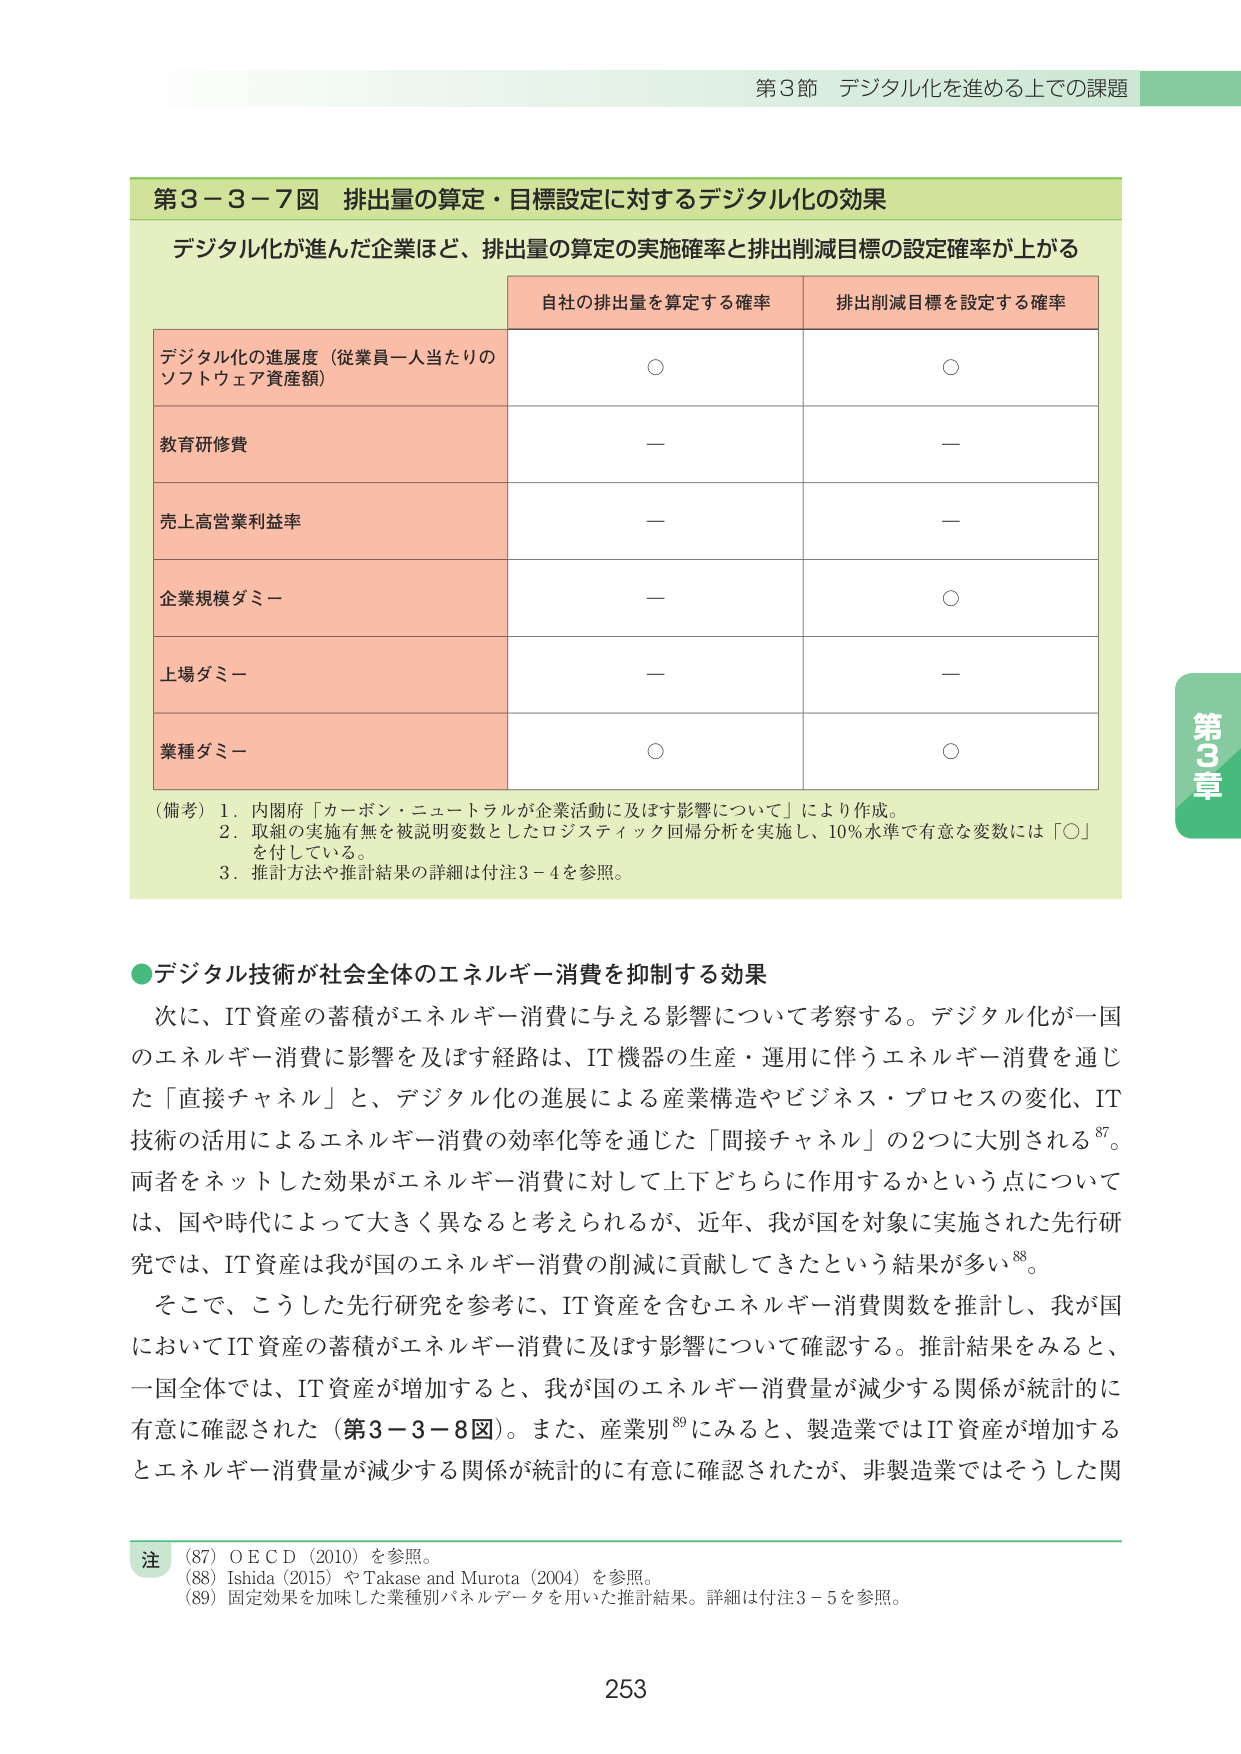
第3節 デジタル化を進める上での課題

第3－3－7図 排出量の算定・目標設定に対するデジタル化の効果

デジタル化が進んだ企業ほど、排出量の算定の実施確率と排出削減目標の設定確率が上がる

自社の排出量を算定する確率　　排出削減目標を設定する確率

デジタル化の進展度（従業員一人当たりのソフトウェア資産額）　　　○　　　　　　　　　　　○

教育研修費　　　　　　　　　　　　－　　　　　　　　　　　　－

売上高営業利益率　　　　　　　　　－　　　　　　　　　　　　－

企業規模ダミー　　　　　　　　　　－　　　　　　　　　　　　○

上場ダミー　　　　　　　　　　　　－　　　　　　　　　　　　－

業種ダミー　　　　　　　　　　　　○　　　　　　　　　　　　○

（備考）1．内閣府「カーボン・ニュートラルが企業活動に及ぼす影響について」により作成。
　　　2．取組の実施の有無を被説明変数としたロジスティック回帰分析を実施し、10％水準で有意な変数には「○」を付している。
　　　3．推計方法や推計結果の詳細は付注3－4を参照。

●デジタル技術が社会全体のエネルギー消費を抑制する効果

次に、IT資産の蓄積がエネルギー消費に与える影響について考察する。デジタル化が一国のエネルギー消費に影響を及ぼす経路は、IT機器の生産・運用に伴うエネルギー消費を通じた「直接チャネル」と、デジタル化の進展による産業構造やビジネス・プロセスの変化、IT技術の活用によるエネルギー消費の効率化等を通じた「間接チャネル」の2つに大別される⁸⁷。両者をネットした効果がエネルギー消費に対して上下どちらに作用するかという点については、国や時代によって大きく異なると考えられるが、近年、我が国を対象に実施された先行研究では、IT資産は我が国のエネルギー消費の削減に貢献してきたという結果が多い⁸⁸。

そこで、こうした先行研究を参考に、IT資産を含むエネルギー消費関数を推計し、我が国においてIT資産の蓄積がエネルギー消費に及ぼす影響について確認する。推計結果をみると、一国全体では、IT資産が増加すると、我が国のエネルギー消費量が減少する関係が統計的に有意に確認された（第3－3－8図）。また、産業別⁸⁹にみると、製造業ではIT資産が増加するとエネルギー消費量が減少する関係が統計的に有意に確認されたが、非製造業ではそうした関

注
（87）O E C D（2010）を参照。
（88）Ishida（2015）やTakase and Murata（2004）を参照。
（89）固定効果を加味した業種別パネルデータを用いた推計結果。詳細は付注3－5を参照。

253

第3章